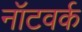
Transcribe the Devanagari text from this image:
नॉटवर्क